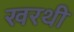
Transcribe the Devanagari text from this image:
खरथी